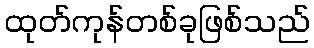
ထုတ်ကုန်တစ်ခုဖြစ်သည်